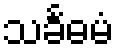
သင်္ခဓမံ